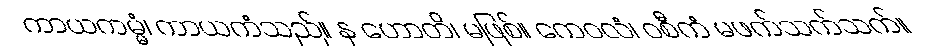
ကာယကမ္မံ၊ ကာယကံသည်။ န ဟောတိ၊ မဖြစ်။ ကေဝလံ၊ ဝစီကံ မဖက်သက်သက်။